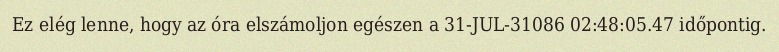
Ez elég lenne, hogy az óra elszámoljon egészen a 31-JUL-31086 02:48:05.47 időpontig.